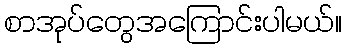
စာအုပ်တွေအကြောင်းပါမယ်။